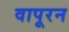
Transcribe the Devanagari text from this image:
वापूरन